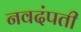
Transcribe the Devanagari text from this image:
नवदंपती